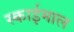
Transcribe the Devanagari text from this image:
स्काईमाल